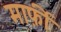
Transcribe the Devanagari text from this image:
मार्फ़ी